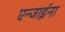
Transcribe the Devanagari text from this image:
एन्जाईना